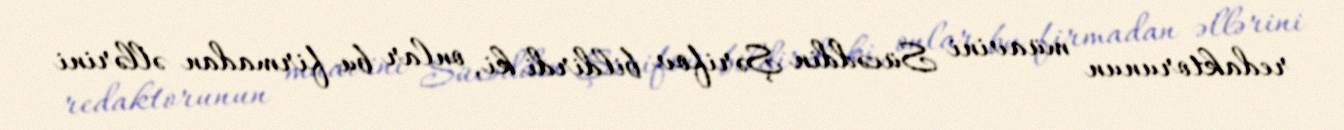
redaktorunun müavini Sücəddin Şərifov bildirdi ki, onlar bu firmadan əllərini